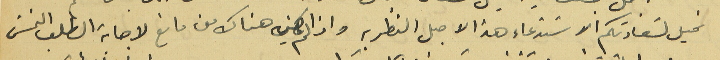
نحيل لسَعادتكم الاسَتدعاء هذا لاجل النظر به واذا لم يكن هناك من مانع لاجابة الطلب التمسَ